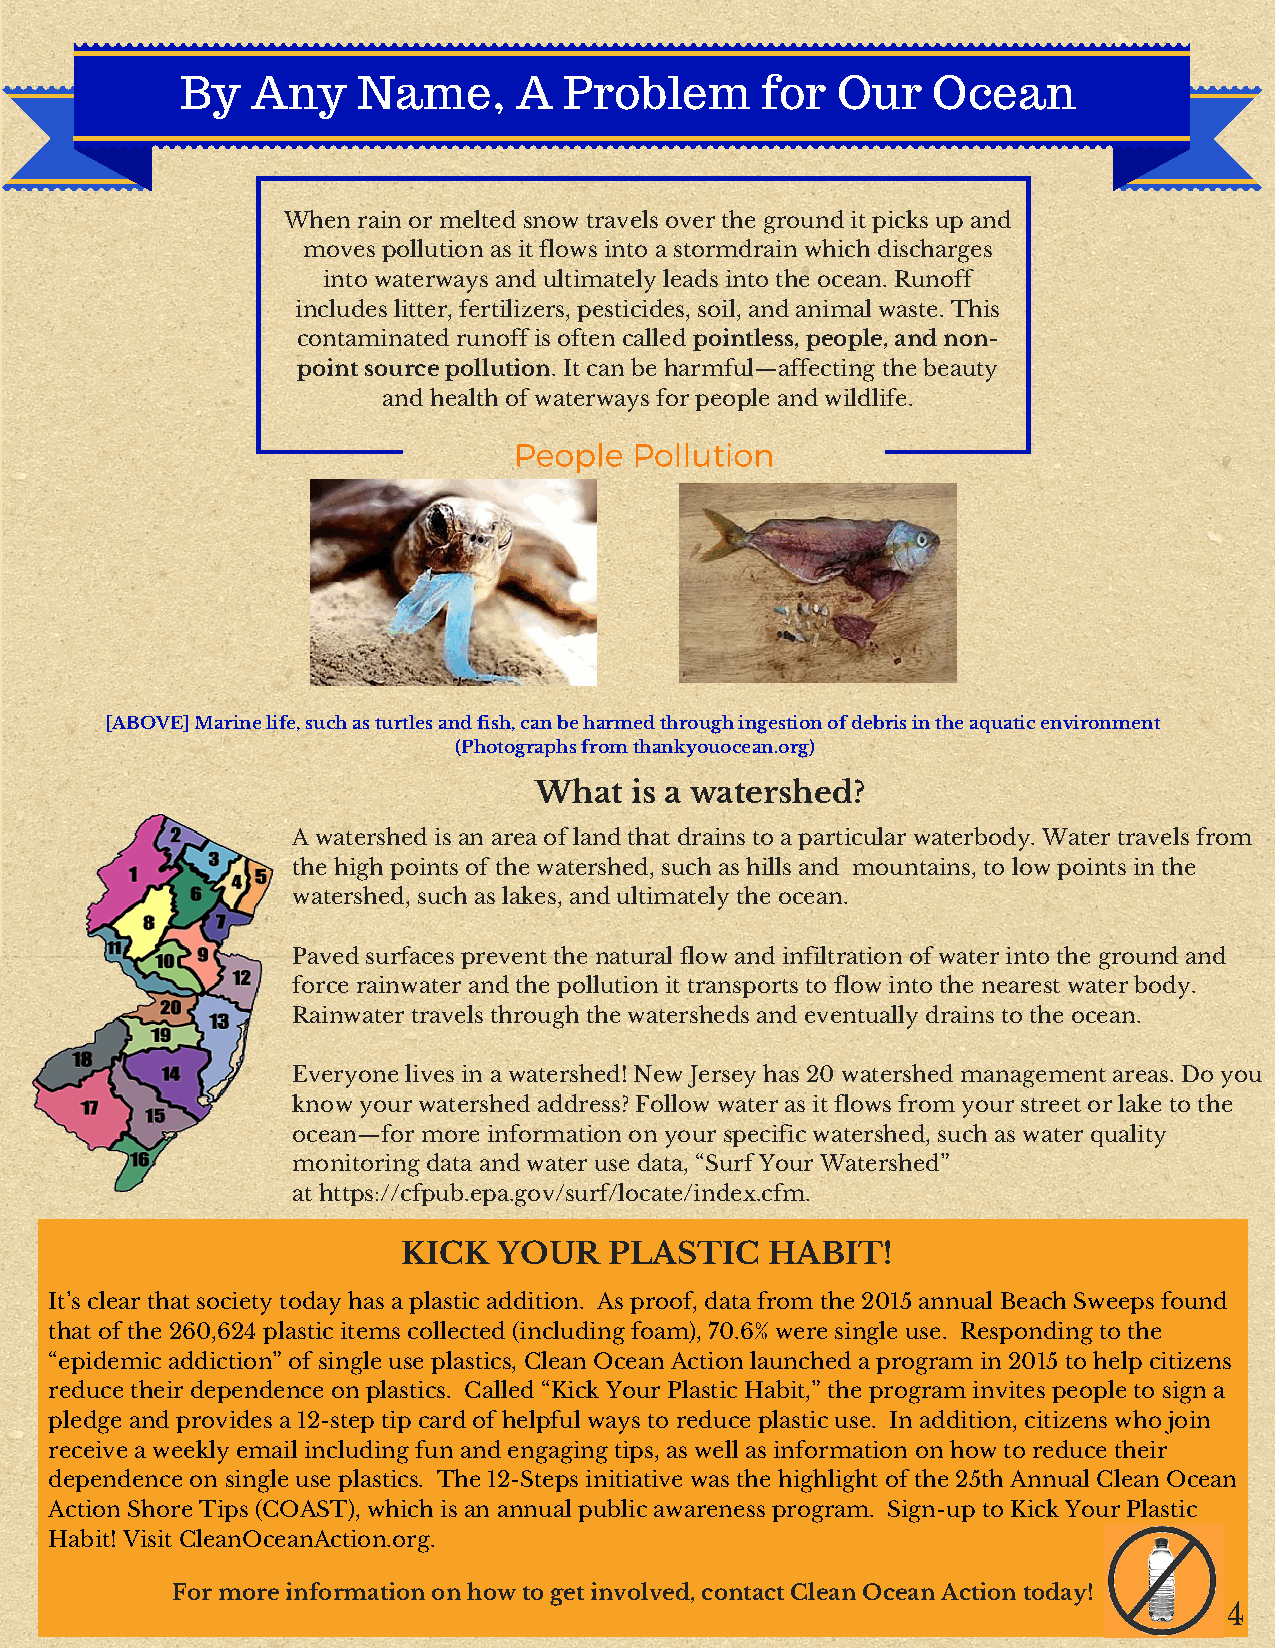
By   Any    Name,     A  Problem      for  Our    Ocean
 When rain or melted snow travels over the ground it picks up and
 moves pollution as it flows into a stormdrain which discharges
 into waterways and ultimately leads into the ocean. Runoff
 includes litter, fertilizers, pesticides, soil, and animal waste. This
 contaminated runoff is often called pointless, people, and non-
 point source pollution. It can be harmful—affecting the beauty
 and health of waterways for people and wildlife.
 People  Pollution
 [ABOVE] Marine life, such as turtles and fish, can be harmed through ingestion of debris in the aquatic environment
 (Photographs from thankyouocean.org)
 What   is a watershed?
 A watershed is an area of land that drains to a particular waterbody. Water travels from
 the high points of the watershed, such as hills and mountains, to low points in the
 watershed, such as lakes, and ultimately the ocean.
 Paved surfaces prevent the natural flow and infiltration of water into the ground and
 force rainwater and the pollution it transports to flow into the nearest water body.
 Rainwater travels through the watersheds and eventually drains to the ocean.
 Everyone lives in a watershed! New Jersey has 20 watershed management areas. Do you
 know your watershed address? Follow water as it flows from your street or lake to the
 ocean—for more information on your specific watershed, such as water quality
 monitoring data and water use data, “Surf Your Watershed”
 at https://cfpub.epa.gov/surf/locate/index.cfm.
 KICK  YOUR   PLASTIC    HABIT!
 It’s clear that society today has a plastic addition. As proof, data from the 2015 annual Beach Sweeps found
 that of the 260,624 plastic items collected (including foam), 70.6% were single use. Responding to the
 “epidemic addiction” of single use plastics, Clean Ocean Action launched a program in 2015 to help citizens
 reduce their dependence on plastics. Called “Kick Your Plastic Habit,” the program invites people to sign a
 pledge and provides a 12-step tip card of helpful ways to reduce plastic use. In addition, citizens who join
 receive a weekly email including fun and engaging tips, as well as information on how to reduce their
 dependence on single use plastics. The 12-Steps initiative was the highlight of the 25th Annual Clean Ocean
 Action Shore Tips (COAST), which is an annual public awareness program. Sign-up to Kick Your Plastic
 Habit! Visit CleanOceanAction.org.
 For more information on how to get involved, contact Clean Ocean Action today!
 4